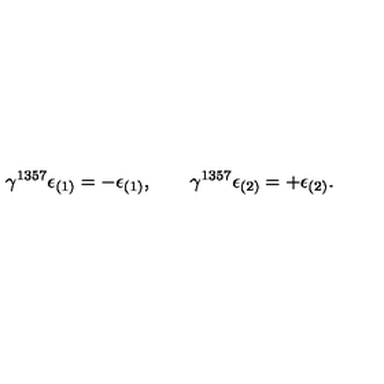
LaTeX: \gamma ^ { 1 3 5 7 } \epsilon _ { ( 1 ) } = - \epsilon _ { ( 1 ) } , \qquad \gamma ^ { 1 3 5 7 } \epsilon _ { ( 2 ) } = + \epsilon _ { ( 2 ) } .